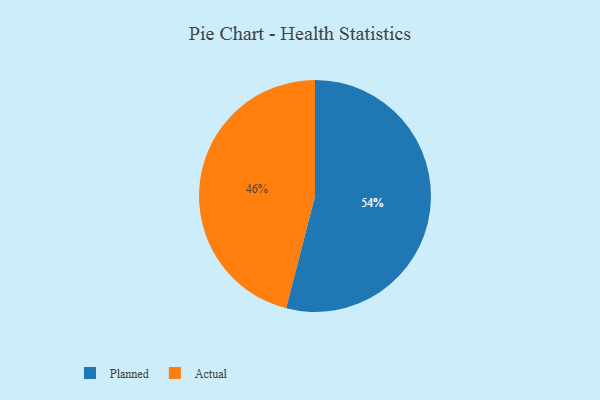
{"axis": {"x": "Category", "y": "Percentage"}, "legend": ["Actual", "Planned"], "data": [{"x": "Actual", "y": 46, "type": "Actual"}, {"x": "Planned", "y": 54, "type": "Planned"}]}